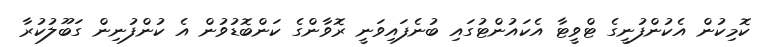
ކޮމިކުން އެކުންފުނީގެ ޓްވީޓާ އެކައުންޓުގައި ބުނެފައިވަނީ ރޮވާންގެ ކަންބޮޑުވުން އެ ކުންފުނިން ގަބޫލުކުރާ